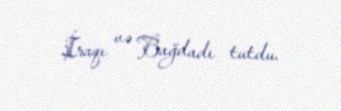
İraqı və Bağdadı tutdu.